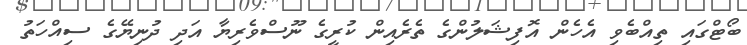
ބޯޓްގައި ތިއްބެވި އެހެން އޮފިޝަލުންގެ ތެރެއިން ކުރީގެ ނޫސްވެރިޔާ އަދި ދުނިޔޭގެ ސިއްހަތު